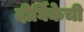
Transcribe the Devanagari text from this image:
दीर्घिकेची